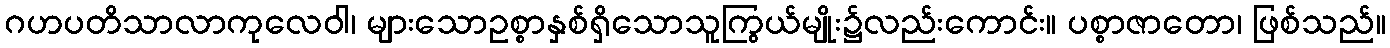
ဂဟပတိသာလာကုလေဝါ၊ များသောဥစ္စာနှစ်ရှိသောသူကြွယ်မျိုး၌လည်းကောင်း။ ပစ္စာဇာတော၊ ဖြစ်သည်။